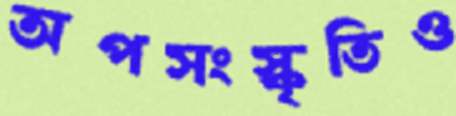
অপসংস্কৃতিও